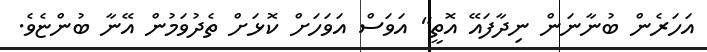
އަހަރެން ބުނާނަން ނިދާފައޭ އޮތީ" އަވަސް އަވަހަށް ކޮޅަށް ތެދުވަމުން އޭނާ ބުންޏެވެ.